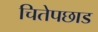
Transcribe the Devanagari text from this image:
चितेपछाड